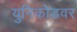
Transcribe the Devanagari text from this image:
युनिकोडवर